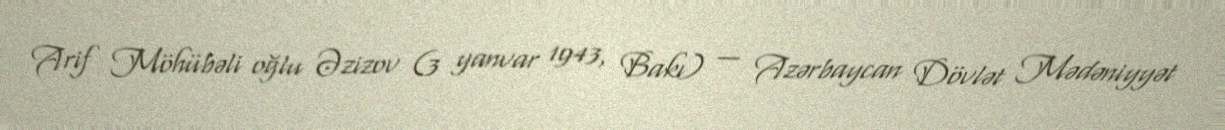
Arif Möhübəli oğlu Əzizov (3 yanvar 1943, Bakı) — Azərbaycan Dövlət Mədəniyyət